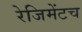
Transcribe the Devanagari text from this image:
रेजिमेंटच